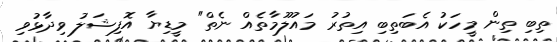
ތިބި ތިން މީހަކު އެބަތިބި އިތުރު މައުލޫމާތެއް ނެތް" މީޑިޔާ އޮފިޝަލު ވިދާޅުވި